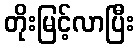
တိုးမြင့်လာပြီး